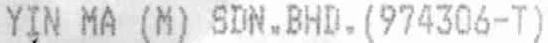
YIN MA (M) SDN.BHD.(974306-T)